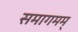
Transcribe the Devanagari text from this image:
समागमम्